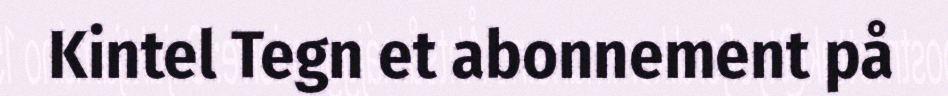
Kintel Tegn et abonnement på